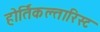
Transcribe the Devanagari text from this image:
होर्तिकल्तारिस्ट